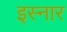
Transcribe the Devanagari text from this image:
इस्नार